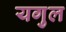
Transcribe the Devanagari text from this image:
यगुल